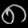
Digit: ၈